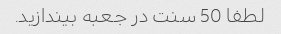
لطفا 50 سنت در جعبه بیندازید.